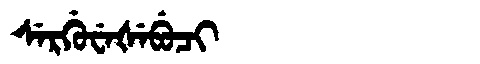
Manchu: ᠰᡝᡵᡤᡠᠸᡝᡧᡝᠪᡠᠴᡳ
Romanization: SERGUWEŠEBUCI